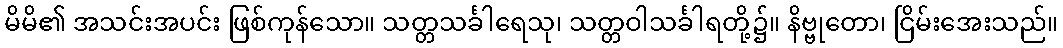
မိမိ၏ အသင်းအပင်း ဖြစ်ကုန်သော။ သတ္တသင်္ခါရေသု၊ သတ္တဝါသင်္ခါရတို့၌။ နိဗ္ဗုတော၊ ငြိမ်းအေးသည်။